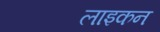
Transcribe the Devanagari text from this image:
लाइकन